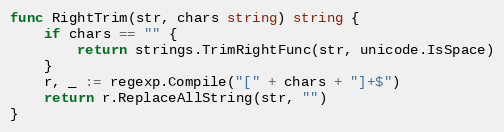
Language: Go
func RightTrim(str, chars string) string {
	if chars == "" {
		return strings.TrimRightFunc(str, unicode.IsSpace)
	}
	r, _ := regexp.Compile("[" + chars + "]+$")
	return r.ReplaceAllString(str, "")
}